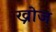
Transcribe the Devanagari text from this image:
ख्रोज